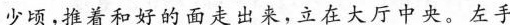
少顷，推着和好的面走出来，立在大厅中央，左手